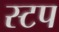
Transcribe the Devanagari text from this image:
स्टप